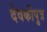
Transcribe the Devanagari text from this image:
देवकीपुत्र